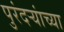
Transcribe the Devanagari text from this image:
पुरंदऱ्यांच्या